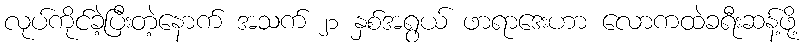
လုပ်ကိုင်ခဲ့ပြီးတဲ့နောက် အသက် ၂၁ နှစ်အရွယ် ဖာရာဒေးဟာ လောကထဲခရီးဆန့်ဖို့